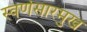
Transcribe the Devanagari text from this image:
स्वर्णसारमुख